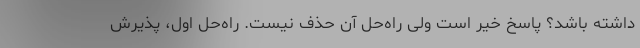
داشته باشد؟ پاسخ خیر است ولی راه‌حل آن حذف نیست. راه‌حل اول، پذیرش